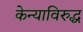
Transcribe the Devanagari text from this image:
केन्याविरुद्ध